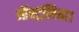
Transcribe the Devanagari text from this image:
ऑस्ट्रलिया।